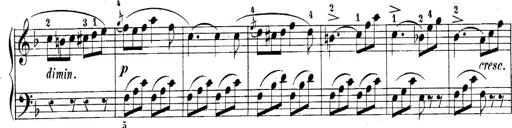
Title: 10 Sonatines progressives
Composer: Anton Schmoll